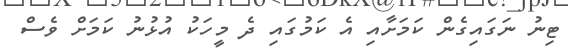
ޓިނު ނަގައިގެން ކަމަށާއި އެ ކަމުގައި ދެ މީހަކު އުޅުނު ކަމަށް ވެސް